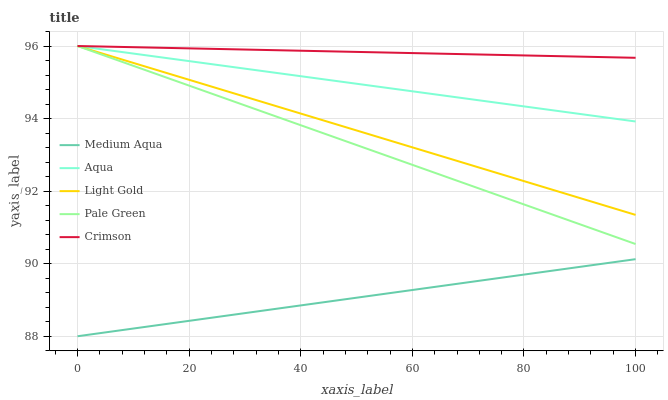
| xaxis_label | Medium Aqua | Aqua | Light Gold | Pale Green | Crimson |
 | --- | --- | --- | --- | --- | --- |
 | 0 | 88 | 96 | 96 | 96 | 96 |
 | 25 | 88.5 | 95.5 | 94.8 | 94.6 | 95.9 |
 | 50 | 89.1 | 95 | 93.7 | 93.3 | 95.8 |
 | 75 | 89.6 | 94.4 | 92.5 | 91.9 | 95.8 |
 | 100 | 90.1 | 93.9 | 91.3 | 90.5 | 95.7 |